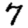
Digit: 7